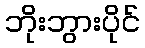
ဘိုးဘွားပိုင်